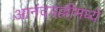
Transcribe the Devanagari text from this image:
आनंदवल्लीमध्ये